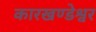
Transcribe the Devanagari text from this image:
कारखण्डेश्वर